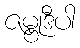
ဇမ္ဗုဒီပါ